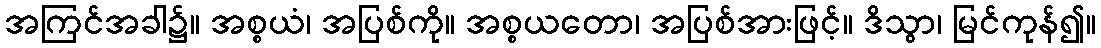
အကြင်အခါ၌။ အစ္စယံ၊ အပြစ်ကို။ အစ္စယတော၊ အပြစ်အားဖြင့်။ ဒိသွာ၊ မြင်ကုန်၍။